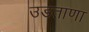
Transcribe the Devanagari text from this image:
उडताणा